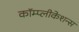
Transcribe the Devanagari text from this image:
कॉम्प्लीकेशन्स